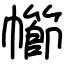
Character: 幯